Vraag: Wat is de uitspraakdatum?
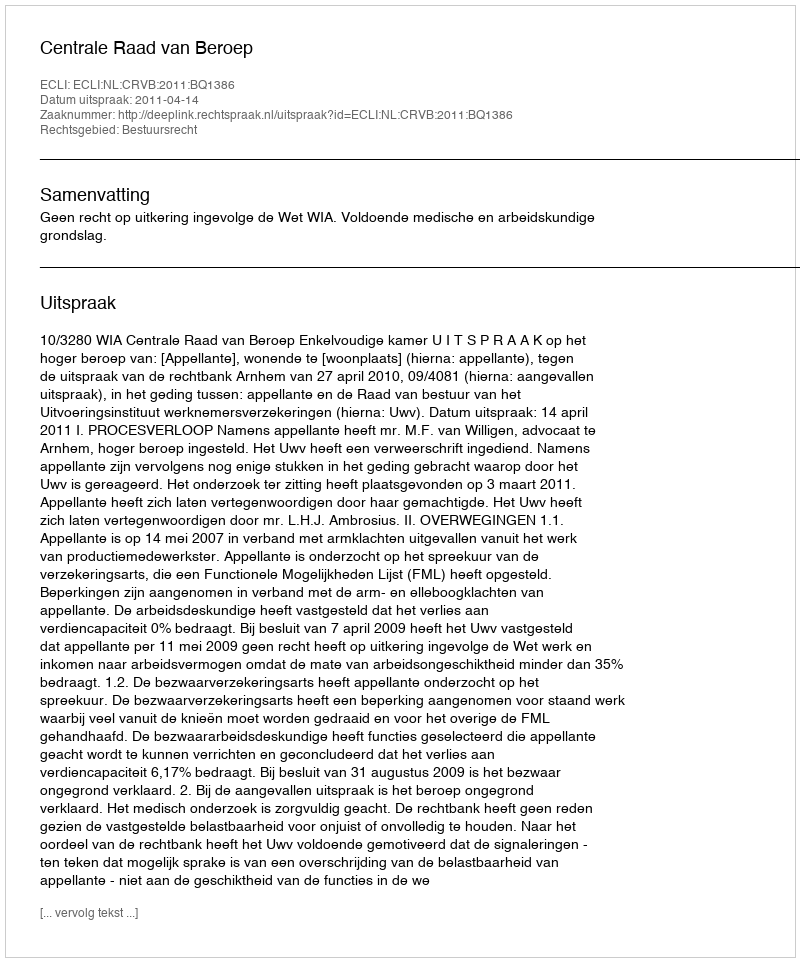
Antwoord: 2011-04-14